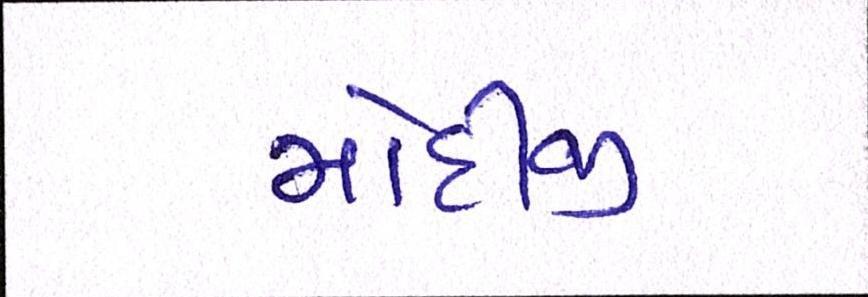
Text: મોદીજી